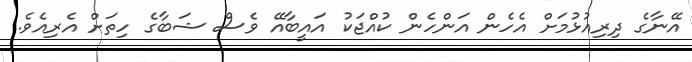
އޭނާގެ ދިރިއުޅުމަށް އެހެން އަންހެން ކުއްޖަކު އައީބާއޭ ވެސް ޝަބާގެ ހިތަށް އެރިއެވެ.